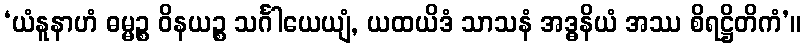
‘ယံနူနာဟံ ဓမ္မဉ္စ ဝိနယဉ္စ သင်္ဂါယေယျံ, ယထယိဒံ သာသနံ အဒ္ဓနိယံ အဿ စိရဋ္ဌိတိကံ’။